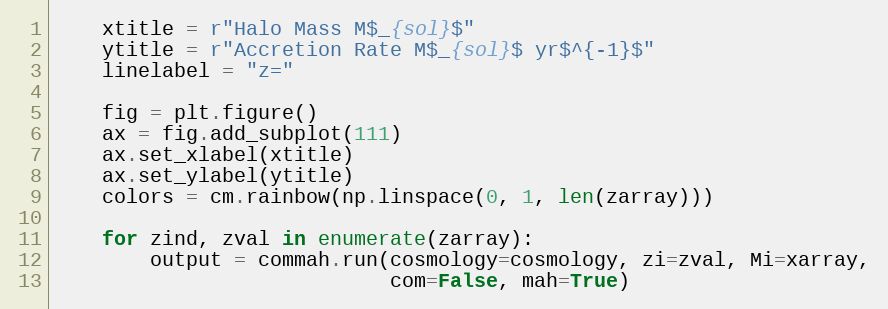
Language: Python
    xtitle = r"Halo Mass M$_{sol}$"
    ytitle = r"Accretion Rate M$_{sol}$ yr$^{-1}$"
    linelabel = "z="

    fig = plt.figure()
    ax = fig.add_subplot(111)
    ax.set_xlabel(xtitle)
    ax.set_ylabel(ytitle)
    colors = cm.rainbow(np.linspace(0, 1, len(zarray)))

    for zind, zval in enumerate(zarray):
        output = commah.run(cosmology=cosmology, zi=zval, Mi=xarray,
                            com=False, mah=True)